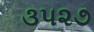
૩૫૨૭